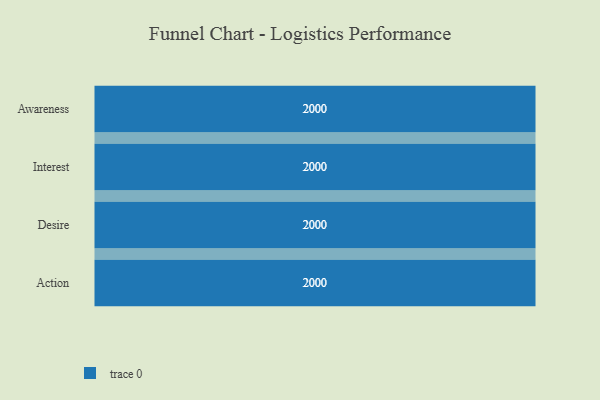
{"axis": {"x": "Stage", "y": "Value"}, "legend": [""], "data": [{"x": "Awareness", "y": 2000, "type": ""}, {"x": "Interest", "y": 2000, "type": ""}, {"x": "Desire", "y": 2000, "type": ""}, {"x": "Action", "y": 2000, "type": ""}]}